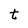
Character: t